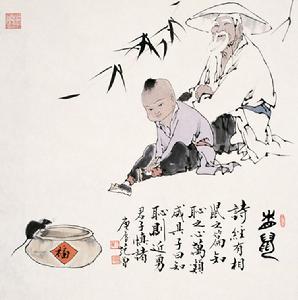
相马失之瘦，相士失之贫。